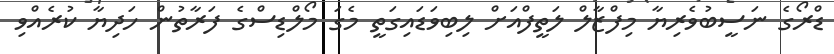
ޑްރޯގެ ނަސީބުވެރިޔާ މިފްޒާލް ލަތީފްއަށް ލިބިވަޑައިގަތީ މެގަ މޯލްޑިސްގެ ފަރާތުން ހަދިޔާ ކުރެއްވި